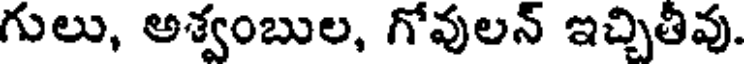
గులు, అశ్వంబుల, గోవులన్ ఇచ్చితీవు.